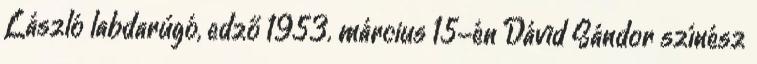
László labdarúgó, edző 1953. március 15-én Dávid Sándor színész